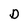
Character: D